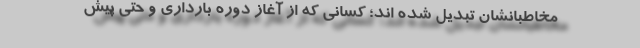
مخاطبانشان تبدیل شده اند؛ کسانی که از آغاز دوره بارداری و حتی پیش